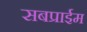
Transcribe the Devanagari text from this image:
सबप्राईम